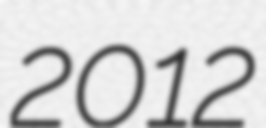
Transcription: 2012